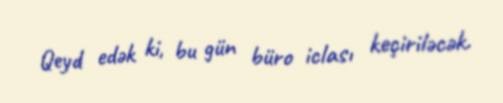
Qeyd edək ki, bu gün büro iclası keçiriləcək.